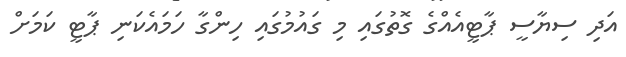
އަދި ސިޔާސީ ޕާޓީއެއްގެ ގޮތުގައި މި ގައުމުގައި ހިންގާ ހަމައެކަނި ޕާޓީ ކަމަށް